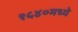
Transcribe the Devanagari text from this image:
१५४०मध्ये